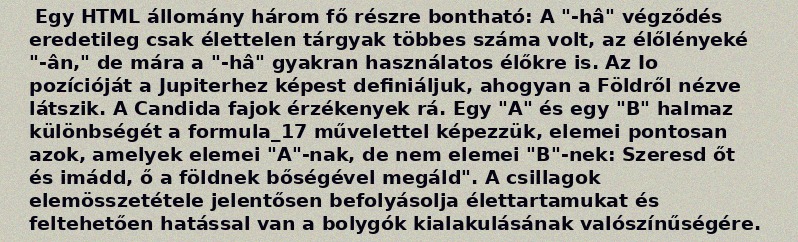
Egy HTML állomány három fő részre bontható: A "-hâ" végződés eredetileg csak élettelen tárgyak többes száma volt, az élőlényeké "-ân," de mára a "-hâ" gyakran használatos élőkre is. Az Io pozícióját a Jupiterhez képest definiáljuk, ahogyan a Földről nézve látszik. A Candida fajok érzékenyek rá. Egy "A" és egy "B" halmaz különbségét a formula_17 művelettel képezzük, elemei pontosan azok, amelyek elemei "A"-nak, de nem elemei "B"-nek: Szeresd őt és imádd, ő a földnek bőségével megáld". A csillagok elemösszetétele jelentősen befolyásolja élettartamukat és feltehetően hatással van a bolygók kialakulásának valószínűségére.